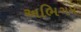
અભિગમ